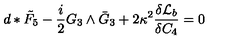
d * \tilde { F } _ { 5 } - \frac { i } { 2 } G _ { 3 } \wedge \bar { G } _ { 3 } + 2 \kappa ^ { 2 } \frac { \delta { \cal L } _ { b } } { \delta C _ { 4 } } = 0